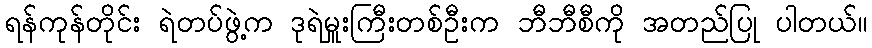
ရန်ကုန်တိုင်း ရဲတပ်ဖွဲ့က ဒုရဲမှူးကြီးတစ်ဦးက ဘီဘီစီကို အတည်ပြု ပါတယ်။